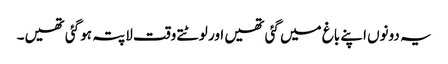
یہ دونوں اپنے باغ میں گئی تھیں اور لوٹتے وقت لاپتہ ہو گئی تھیں۔